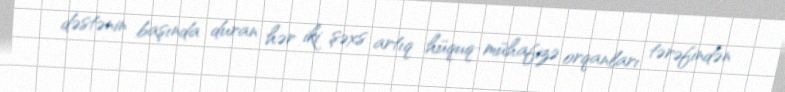
dəstənin başında duran hər iki şəxs artıq hüquq-mühafizə orqanları tərəfindən